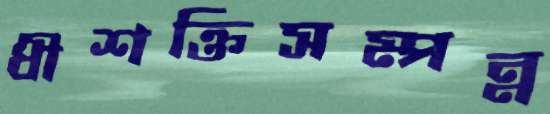
ধীশক্তিসম্পন্ন